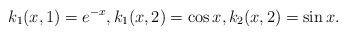
LaTeX: \begin{align*}k_1(x,1)=e^{-x}, k_1(x,2)=\cos x, k_2(x,2)=\sin x.\end{align*}